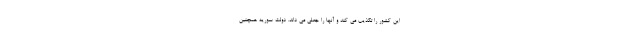
این کشور را تکذیب می کند و آنها را جعلی می داند. دولت سوریه همچنین